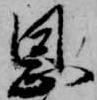
恩